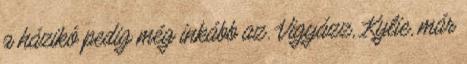
a házikó pedig még inkább az. Vigyázz, Kylie, már